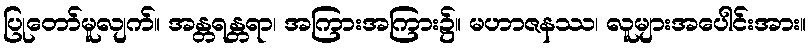
ပြုတော်မူလျက်။ အန္တရန္တရာ၊ အကြားအကြား၌။ မဟာဇနဿ၊ လူများအပေါင်းအား။